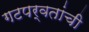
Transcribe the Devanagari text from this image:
गटपर्वतांची